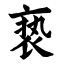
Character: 亵